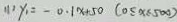
( 1 ) y _ { 1 } = - 0 . 1 x + 5 0 ( 0 \leq x \leq 5 0 0 )